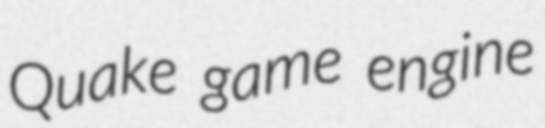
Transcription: Quake game engine